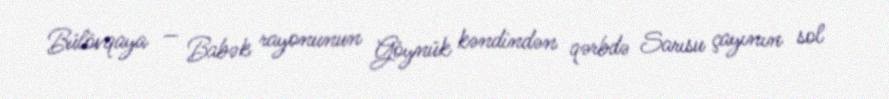
Bülövqaya — Babək rayonunun Göynük kəndindən qərbdə Sarısu çayının sol